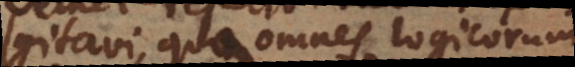
excogitavi, qua omnes logicorum